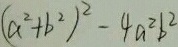
( a ^ { 2 } + b ^ { 2 } ) ^ { 2 } - 4 a ^ { 2 } b ^ { 2 }